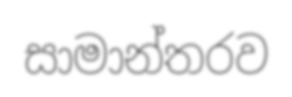
සාමාන්තරව